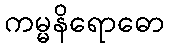
ကမ္မနိရောဓော